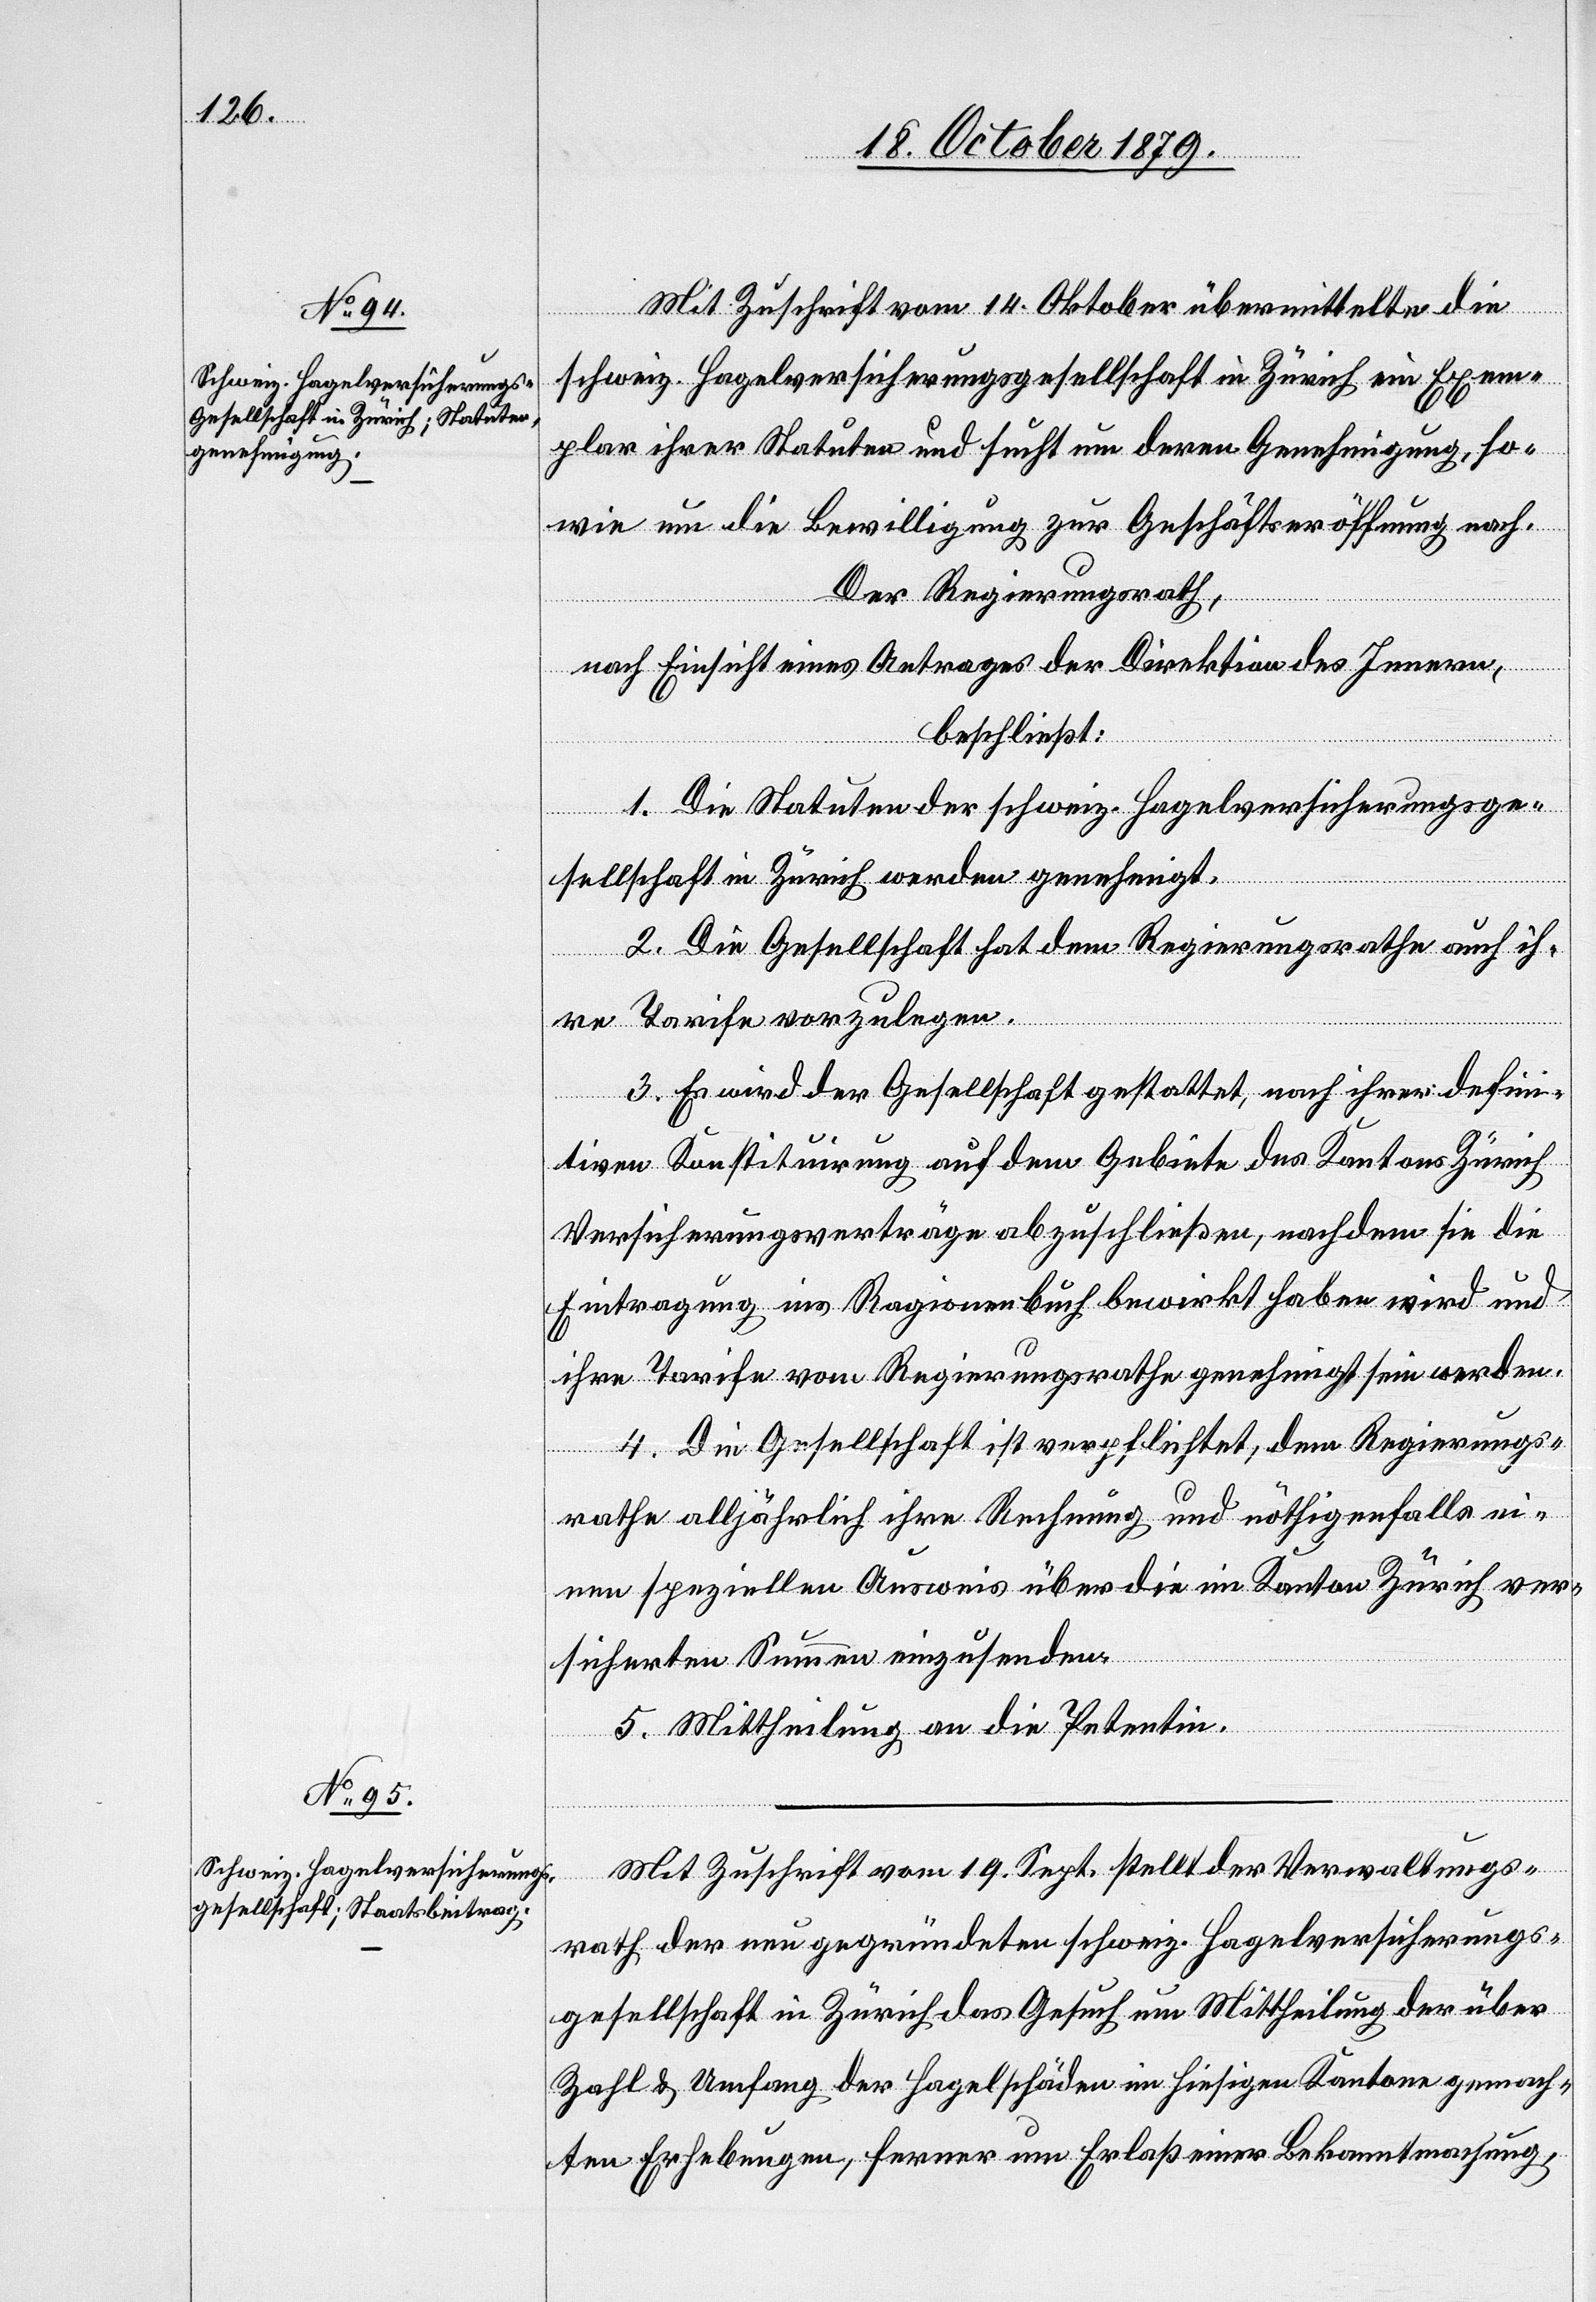
Mit Zuschrift vom 14. Oktober übermittelte die
schweiz. Hagelversicherungsgesellschaft in Zürich ein Exem¬
plar ihrer Statuten und sucht um deren Genehmigung, so¬
wie um die Bewilligung zur Geschäftseröffnung nach.
Der Regierungsrath,
nach Einsicht eines Antrages der Direktion des Innern,
beschließt:
1. Die Statuten der schweiz. Hagelversicherungsge¬
sellschaft in Zürich werden genehmigt,
2. Die Gesellschaft hat dem Regierungsrath auch ih¬
re Tarife vorzulegen.
3. Es wird der Gesellschaft gestattet, nach ihrer defini¬
tiven Konstituirung auf dem Gebiete des Kantons Zürich
Versicherungsverträge abzuschließen, nachdem sie die
Eintragung ins Ragionenbuch bewirkt haben wird und
ihre Tarife vom Regierungsrathe genehmigt sein werden.
4. Die Gesellschaft ist verpflichtet, dem Regierungs¬
rathe alljährlich ihre Rechnung und nöthigenfalls ei¬
nen speziellen Ausweis über die im Kanton Zürich ver¬
sicherten Summen einzusenden.
5. Mittheilung an die Petentin.
Mit Zuschrift vom 19. Sept. stellt der Verwaltungs¬
rath der neugegründeten schweiz. Hagelversicherungs¬
gesellschaft in Zürich das Gesuch um Mittheilung der über
Zoll & Umfang der Hagelschäden im hiesigen Kantone gemach¬
ten Erhebungen, ferner um Erlaß einer Bekanntmachung,